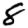
Digit: 8